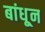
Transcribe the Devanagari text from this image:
बांधू्न